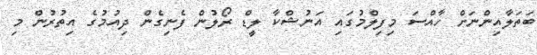
ބަތަލާއިންނަށް ހާއްސަ މިފިލްމުގައި އަނުޝްކާ ލީޑް ރޯލުން ފެނިގެން ދިއުމުގެ އިތުރުން މި